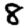
Digit: 8